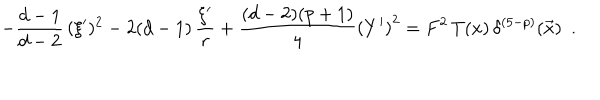
- \frac { d - 1 } { d - 2 } \, ( \xi ^ { \prime } ) ^ { 2 } - 2 ( d - 1 ) \, \frac { \xi ^ { \prime } } { r } + \frac { ( d - 2 ) ( p + 1 ) } { 4 } \left( Y ^ { \prime } \right) ^ { 2 } = F ^ { 2 } \, T ( x ) \, \delta ^ { ( 5 - p ) } ( \vec { x } ) ~ ~ .